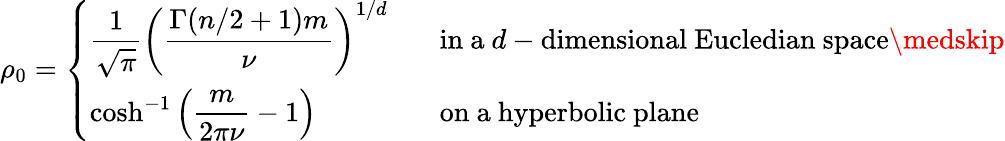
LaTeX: \rho_{0}=\left\{ \begin{array}{ll}{\displaystyle\frac{1}{\sqrt{\pi}}\left(\frac{\Gamma(n/2+1)m}{\nu}\right)^{1/d}\; \; \; }&{\mathrm{in~a~}d-\mathrm{dimensional~Eucledian~space}\medskip}\\ {\displaystyle\cosh^{-1}\left(\frac{m}{2\pi\nu}-1\right)\; \; \; }&{\mathrm{on~a~hyperbolic~plane}}\end{array}\right.